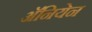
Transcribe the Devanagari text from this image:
अॅनियेन